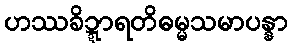
ဟဿခိဍ္ဍာရတိဓမ္မသမာပန္နာ